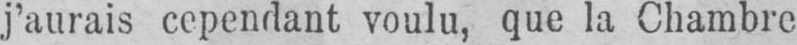
j’aurais cependant voulu, que la Chambre